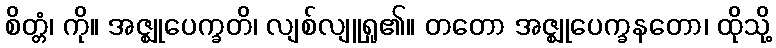
စိတ္တံ၊ ကို။ အဇ္ဈုပေက္ခတိ၊ လျစ်လျူရှု၏။ တတော အဇ္ဈုပေက္ခနတော၊ ထိုသို့